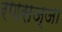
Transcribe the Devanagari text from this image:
रणसज्जा